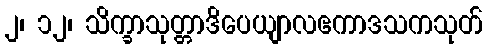
၂၊ ၁၂၊ သိက္ခာသုတ္တာဒိပေယျာလဧကာဒသကသုတ်